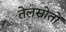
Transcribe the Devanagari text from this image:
तेलस्रोतों